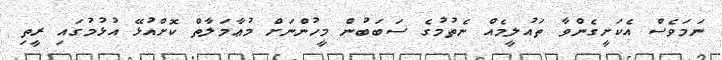
ނަމަވެސް އެކަށީގެންވާ ތައުލީމެއް ނެތުމުގެ ސަބަބުން މީހުންނަށް މުޢާމަލާތް ކޮށްއުޅޭ އުޅުމުގައި ރީތި